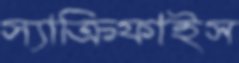
স্যাক্রিফাইস